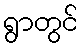
ရွာတွင်